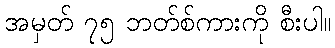
အမှတ် ၇၅ ဘတ်စ်ကားကို စီးပါ။